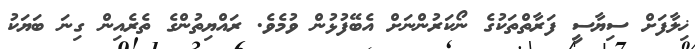
ޚިލާފަށް ސިޔާސީ ފަރާތްތަކުގެ ނޯކަރުންނަށް އެބޭފުޅުން ވުމެވެ. ރައްޔިތުންގެ ތެރެއިން ގިނަ ބަޔަކު